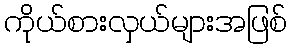
ကိုယ်စားလှယ်များအဖြစ်